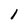
Character: i